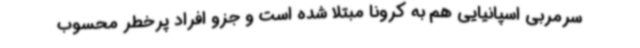
سرمربی اسپانیایی هم به کرونا مبتلا شده است و جزو افراد پرخطر محسوب